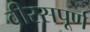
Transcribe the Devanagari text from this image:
वीरसपूर्ण